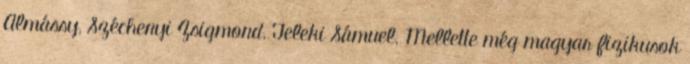
Almássy, Széchenyi Zsigmond, Teleki Sámuel. Mellette még magyar fizikusok